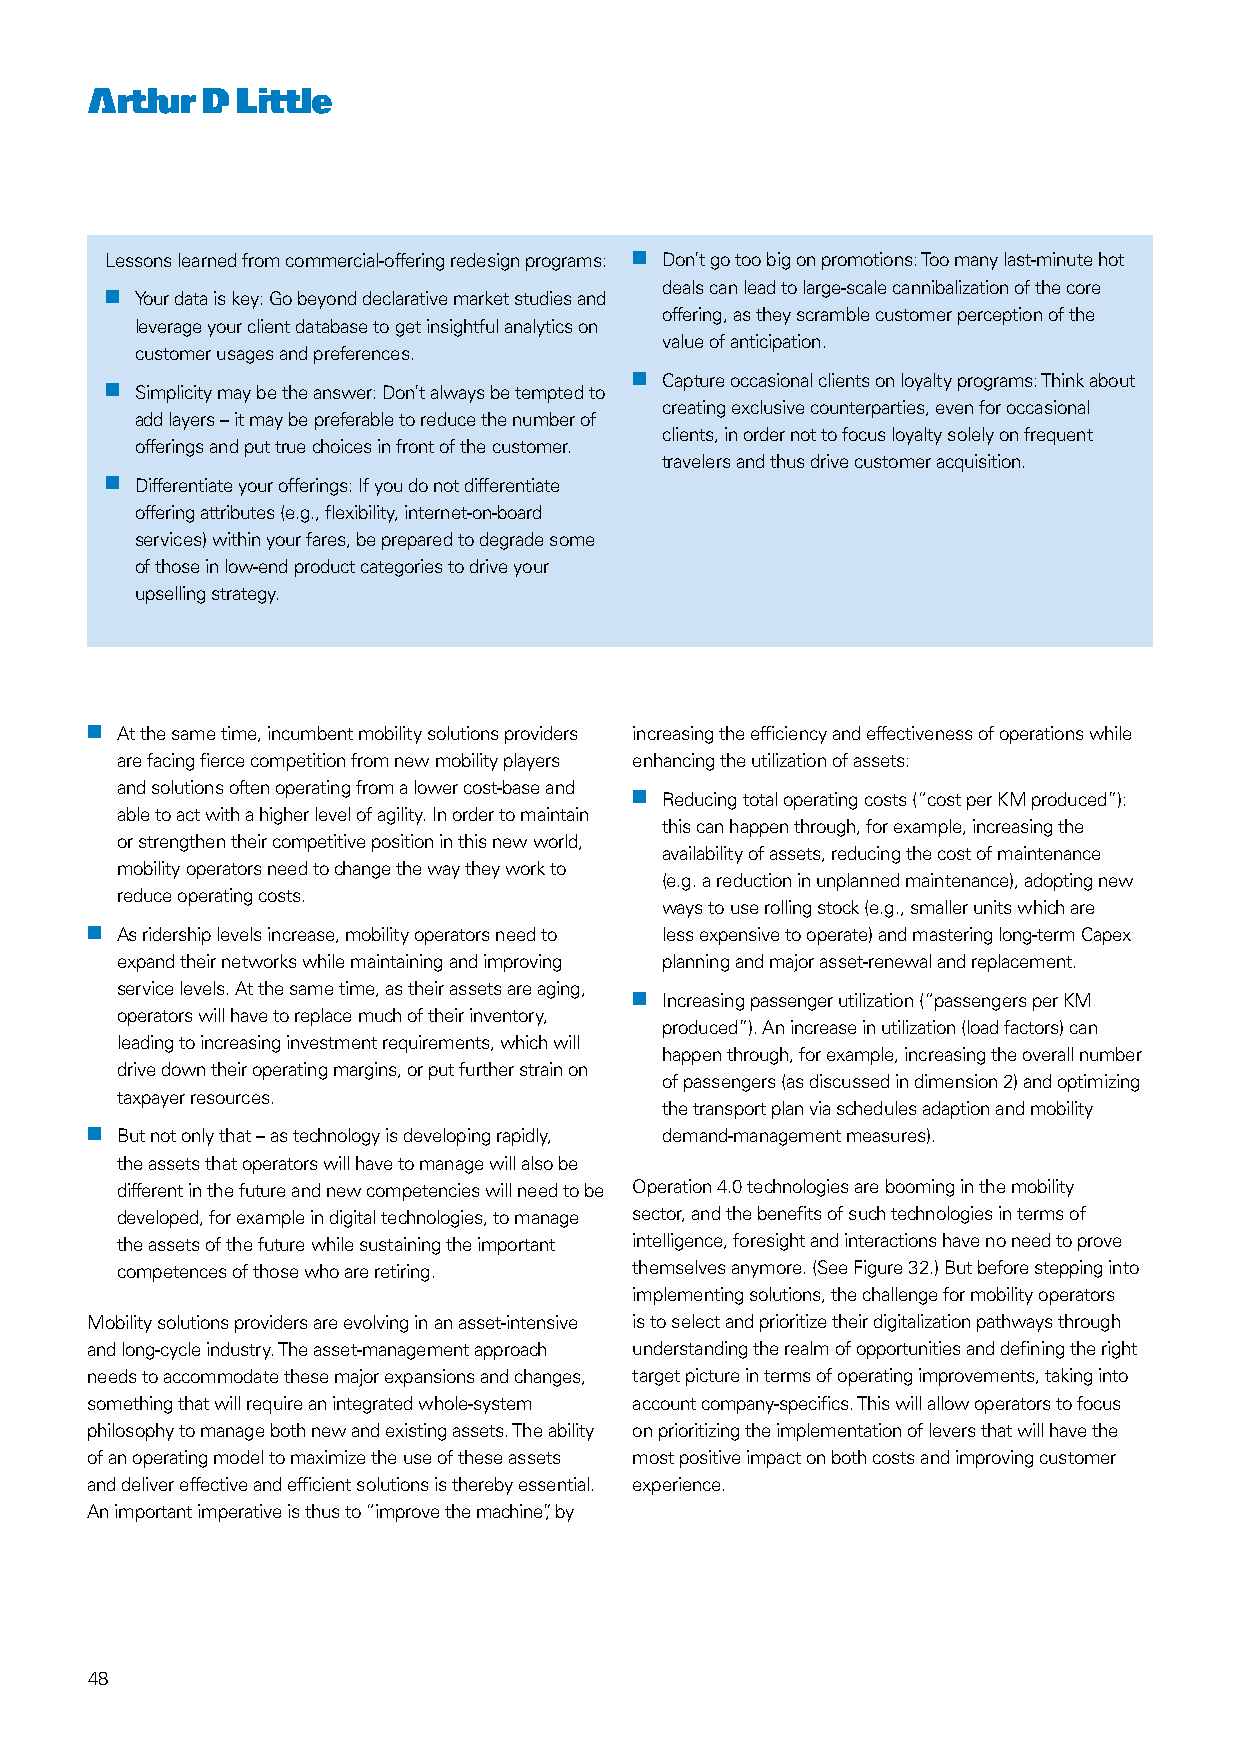
Lessons learned from commercial-offering redesign programs: nn Don’t go too big on promotions: Too many last-minute hot
 deals can lead to large-scale cannibalization of the core
 nn Your data is key: Go beyond declarative market studies and
 offering, as they scramble customer perception of the
 leverage your client database to get insightful analytics on
 value of anticipation.
 customer usages and preferences.
 nn Capture occasional clients on loyalty programs: Think about
 nn Simplicity may be the answer: Don’t always be tempted to
 creating exclusive counterparties, even for occasional
 add layers – it may be preferable to reduce the number of
 clients, in order not to focus loyalty solely on frequent
 offerings and put true choices in front of the customer.
 travelers and thus drive customer acquisition.
 nn Differentiate your offerings: If you do not differentiate
 offering attributes (e.g., flexibility, internet-on-board
 services) within your fares, be prepared to degrade some
 of those in low-end product categories to drive your
 upselling strategy.
 nn At the same time, incumbent mobility solutions providers increasing the efficiency and effectiveness of operations while
 are facing fierce competition from new mobility players enhancing the utilization of assets:
 and solutions often operating from a lower cost-base and
 nn Reducing total operating costs (“cost per KM produced”):
 able to act with a higher level of agility. In order to maintain
 this can happen through, for example, increasing the
 or strengthen their competitive position in this new world,
 availability of assets, reducing the cost of maintenance
 mobility operators need to change the way they work to
 (e.g. a reduction in unplanned maintenance), adopting new
 reduce operating costs.
 ways to use rolling stock (e.g., smaller units which are
 nn As ridership levels increase, mobility operators need to less expensive to operate) and mastering long-term Capex
 expand their networks while maintaining and improving planning and major asset-renewal and replacement.
 service levels. At the same time, as their assets are aging,
 nn Increasing passenger utilization (“passengers per KM
 operators will have to replace much of their inventory,
 produced”). An increase in utilization (load factors) can
 leading to increasing investment requirements, which will
 happen through, for example, increasing the overall number
 drive down their operating margins, or put further strain on
 of passengers (as discussed in dimension 2) and optimizing
 taxpayer resources.
 the transport plan via schedules adaption and mobility
 nn But not only that – as technology is developing rapidly, demand-management measures).
 the assets that operators will have to manage will also be
 different in the future and new competencies will need to be Operation 4.0 technologies are booming in the mobility
 developed, for example in digital technologies, to manage sector, and the benefits of such technologies in terms of
 the assets of the future while sustaining the important intelligence, foresight and interactions have no need to prove
 competences of those who are retiring. themselves anymore. (See Figure 32.) But before stepping into
 implementing solutions, the challenge for mobility operators
 Mobility solutions providers are evolving in an asset-intensive is to select and prioritize their digitalization pathways through
 and long-cycle industry. The asset-management approach understanding the realm of opportunities and defining the right
 needs to accommodate these major expansions and changes, target picture in terms of operating improvements, taking into
 something that will require an integrated whole-system account company-specifics. This will allow operators to focus
 philosophy to manage both new and existing assets. The ability on prioritizing the implementation of levers that will have the
 of an operating model to maximize the use of these assets most positive impact on both costs and improving customer
 and deliver effective and efficient solutions is thereby essential. experience.
 An important imperative is thus to “improve the machine”, by
 48